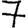
Digit: 7